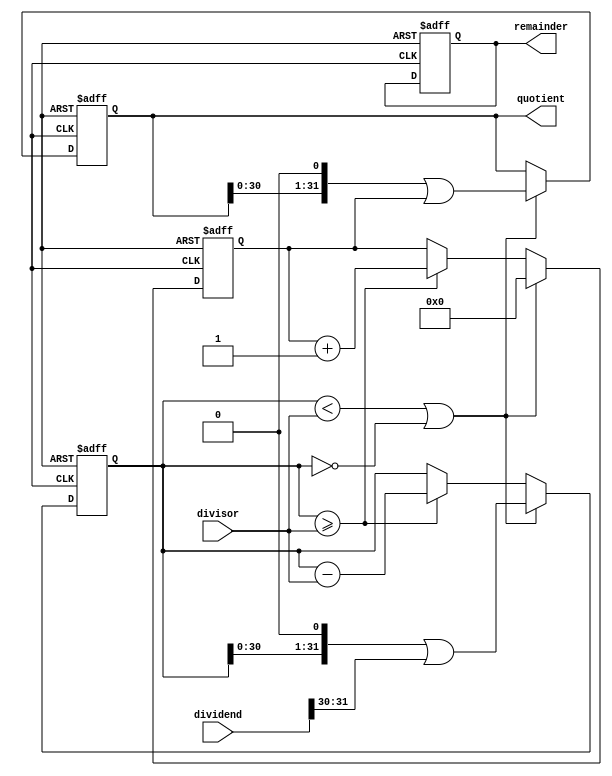
module ShiftAndSubtractDivider (
  input wire [31:0] dividend,
  input wire [31:0] divisor,
  output reg [31:0] quotient,
  output reg [31:0] remainder
);

reg [31:0] partial_quotient;
reg [31:0] shifted_remainder;

always @ (posedge clk or posedge reset) begin
  if (reset) begin
    quotient <= 0;
    remainder <= 0;
    partial_quotient <= 0;
    shifted_remainder <= 0;
  end else begin
    // Arithmetic Blocks Shift-and-Subtract algorithm
    if (shifted_remainder >= divisor) begin
      shifted_remainder <= shifted_remainder - divisor;
      partial_quotient <= partial_quotient + 1;
    end
    if (shifted_remainder < divisor || shifted_remainder == 0) begin
      quotient <= (quotient << 1) | partial_quotient;
      shifted_remainder <= (shifted_remainder << 1) | (dividend >> (31 - 1));
      partial_quotient <= 0;
    end
  end
end

endmodule